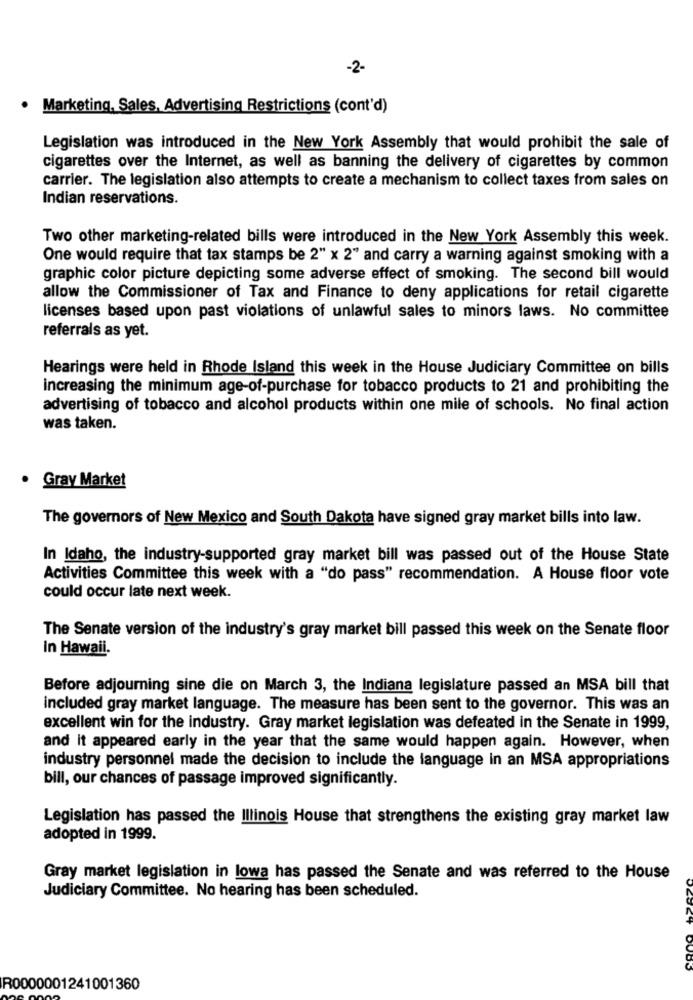
-2-
Marketing, Sales, Advertising Restrictions (cont'd)
Legislation was introduced in the New York Assembly that would prohibit the sale of
cigarettes over the Internet, as well as banning the delivery of cigarettes by common
carrier. The legislation also attempts to create a mechanism to collect taxes from sales on
Indian reservations.
Two other marketing-related bills were introduced in the New York Assembly this week.
One would require that tax stamps be 2" x 2" and carry a warning against smoking with a
graphic color picture depicting some adverse effect of smoking. The second bill would
allow the Commissioner of Tax and Finance to deny applications for retail cigarette
licenses based upon past violations of unlawful sales to minors laws. No committee
referrals as yet.
Hearings were held in Rhode Island this week in the House Judiciary Committee on bills
increasing the minimum age-of-purchase for tobacco products to 21 and prohibiting the
advertising of tobacco and alcohol products within one mile of schools. No final action
was taken.
Gray Market
The governors of New Mexico and South Dakota have signed gray market bills into law.
In Idaho, the industry-supported gray market bill was passed out of the House State
Activities Committee this week with a "do pass" recommendation. A House floor vote
could occur late next week.
The Senate version of the industry's gray market bill passed this week on the Senate floor
in Hawaii.
Before adjourning sine die on March 3, the Indiana legislature passed an MSA bill that
included gray market language. The measure has been sent to the governor. This was an
excellent win for the industry. Gray market legislation was defeated in the Senate in 1999,
and it appeared early in the year that the same would happen again. However, when
industry personnel made the decision to include the language in an MSA appropriations
bill, our chances of passage improved significantly.
Legislation has passed the Illinois House that strengthens the existing gray market law
adopted in 1999.
Gray market legislation in lowa has passed the Senate and was referred to the House
Judiciary Committee. No hearing has been scheduled.
R0000001241001360